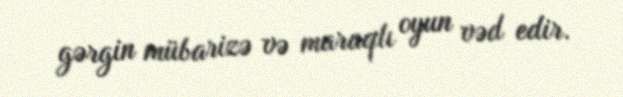
gərgin mübarizə və maraqlı oyun vəd edir.